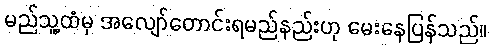
မည်သူ့ထံမှ အလျော်တောင်းရမည်နည်းဟု မေးနေပြန်သည်။